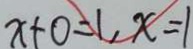
x + 0 = 1 , x = 1